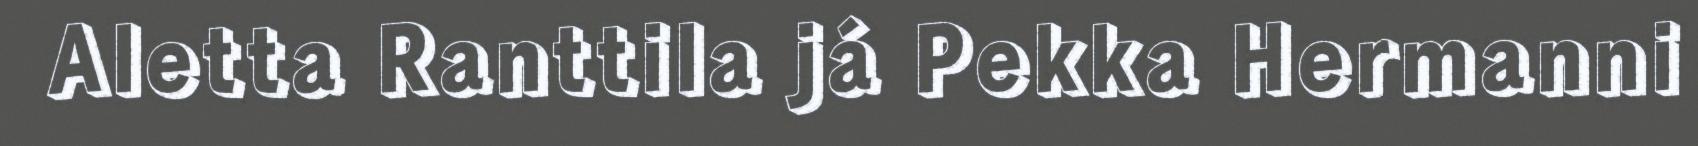
Aletta Ranttila já Pekka Hermanni